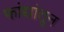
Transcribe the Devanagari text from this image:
फांद्यांतून